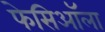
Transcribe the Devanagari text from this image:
फेसिऑला